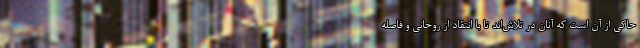
حاکی از آن است که آنان در تلاش‌اند تا با انتقاد از روحانی و فاصله